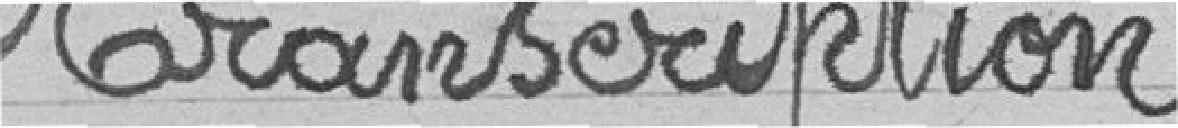
Transcription